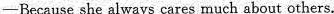
-Because she always cares much about others.